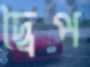
দ্বৈপ